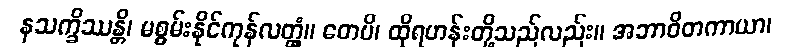
နသက္ခိဿန္တိ၊ မစွမ်းနိုင်ကုန်လတ္တံ့။ တေပိ၊ ထိုရဟန်းတို့သည်လည်း။ အဘာဝိတကာယာ၊